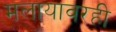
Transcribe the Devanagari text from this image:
मलायावरही